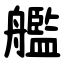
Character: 艦